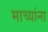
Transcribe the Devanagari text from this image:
माच्यांना